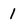
Character: 1